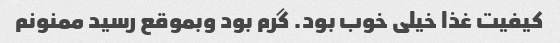
کیفیت غذا خیلی خوب بود. گرم بود وبموقع رسید ممنونم